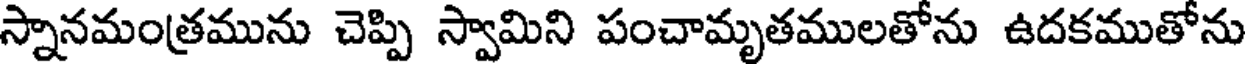
స్నానమంత్రమును చెప్పి స్వామిని పంచామృతములతోను ఉదకముతోను